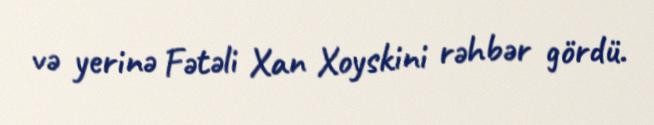
və yerinə Fətəli Xan Xoyskini rəhbər gördü.